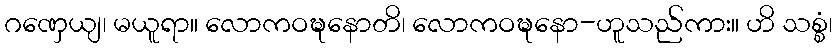
ဂဏှေယျ၊ မယူရာ။ လောကဝဍ္ဎနောတိ၊ လောကဝဍ္ဎနော-ဟူသည်ကား။ ဟိ သစ္စံ၊